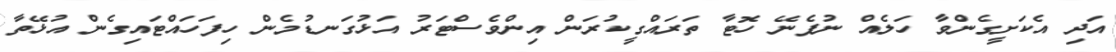
އަދި އެކަށީގެންވާ ހަލެއް ނުފެނޭ ހޮޓާ ތަރައްގީކުރަން އިންވެސްޓަރު އަޅުގަނޑުމެން ހިފަހައްޓައިގެން އުޅޭތާ